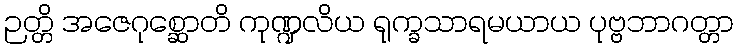
ဉတ္တိ အဇေဂုစ္ဆောတိ ကုဏ္ဍလိယ ရုက္ခသာရမယာယ ပုဗ္ဗဘာဂတ္တာ